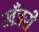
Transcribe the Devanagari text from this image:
खँजरी